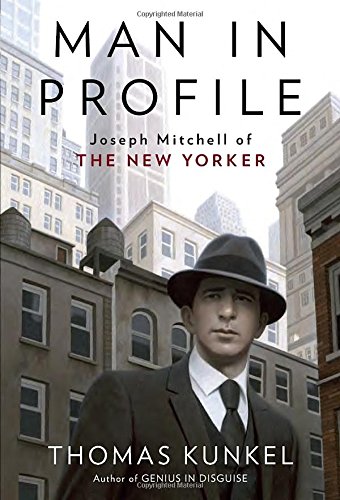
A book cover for Man in Profile: Joseph Mitchell of The New Yorker; Thomas Kunkel; Biographies & Memoirs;